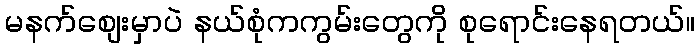
မနက်စျေးမှာပဲ နယ်စုံကကွမ်းတွေကို စုရောင်းနေရတယ်။